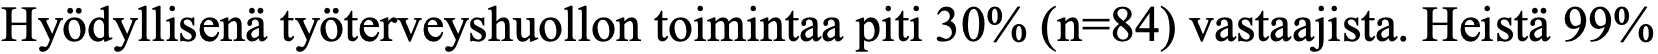
Hyödyllisenä työterveyshuollon toimintaa piti 30% (n=84) vastaajista. Heistä 99%